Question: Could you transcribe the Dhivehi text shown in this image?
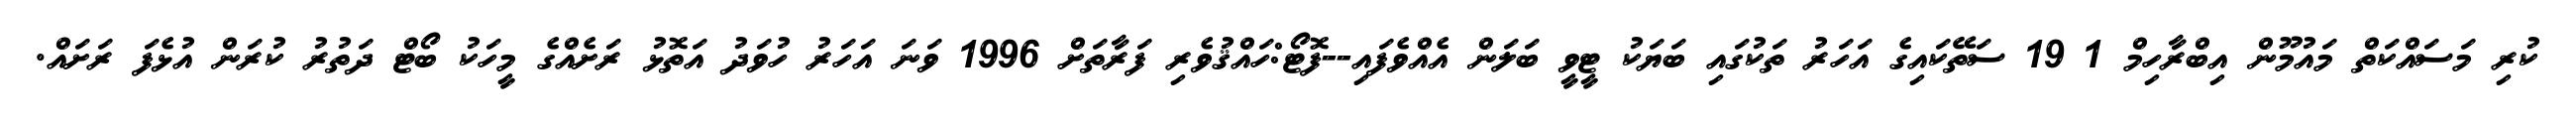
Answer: ކުރި މަސައްކަތް މައުމޫން އިބްރާހިމް 1 19 ސަތޭކައިގެ އަހަރު ތަކުގައި ބަޔަކު ޓީވީ ބަލަން އެއްވެފައި--ފޮޓޯ:ހައްޤުވެރި ފަރާތަށް 1996 ވަނަ އަހަރު ހުވަދު އަތޮޅު ރަށެއްގެ މީހަކު ބޯޓް ދަތުރު ކުރަން އުޅެފަ ރަށައް.